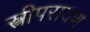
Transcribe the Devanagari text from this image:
स्त्रीपरायण